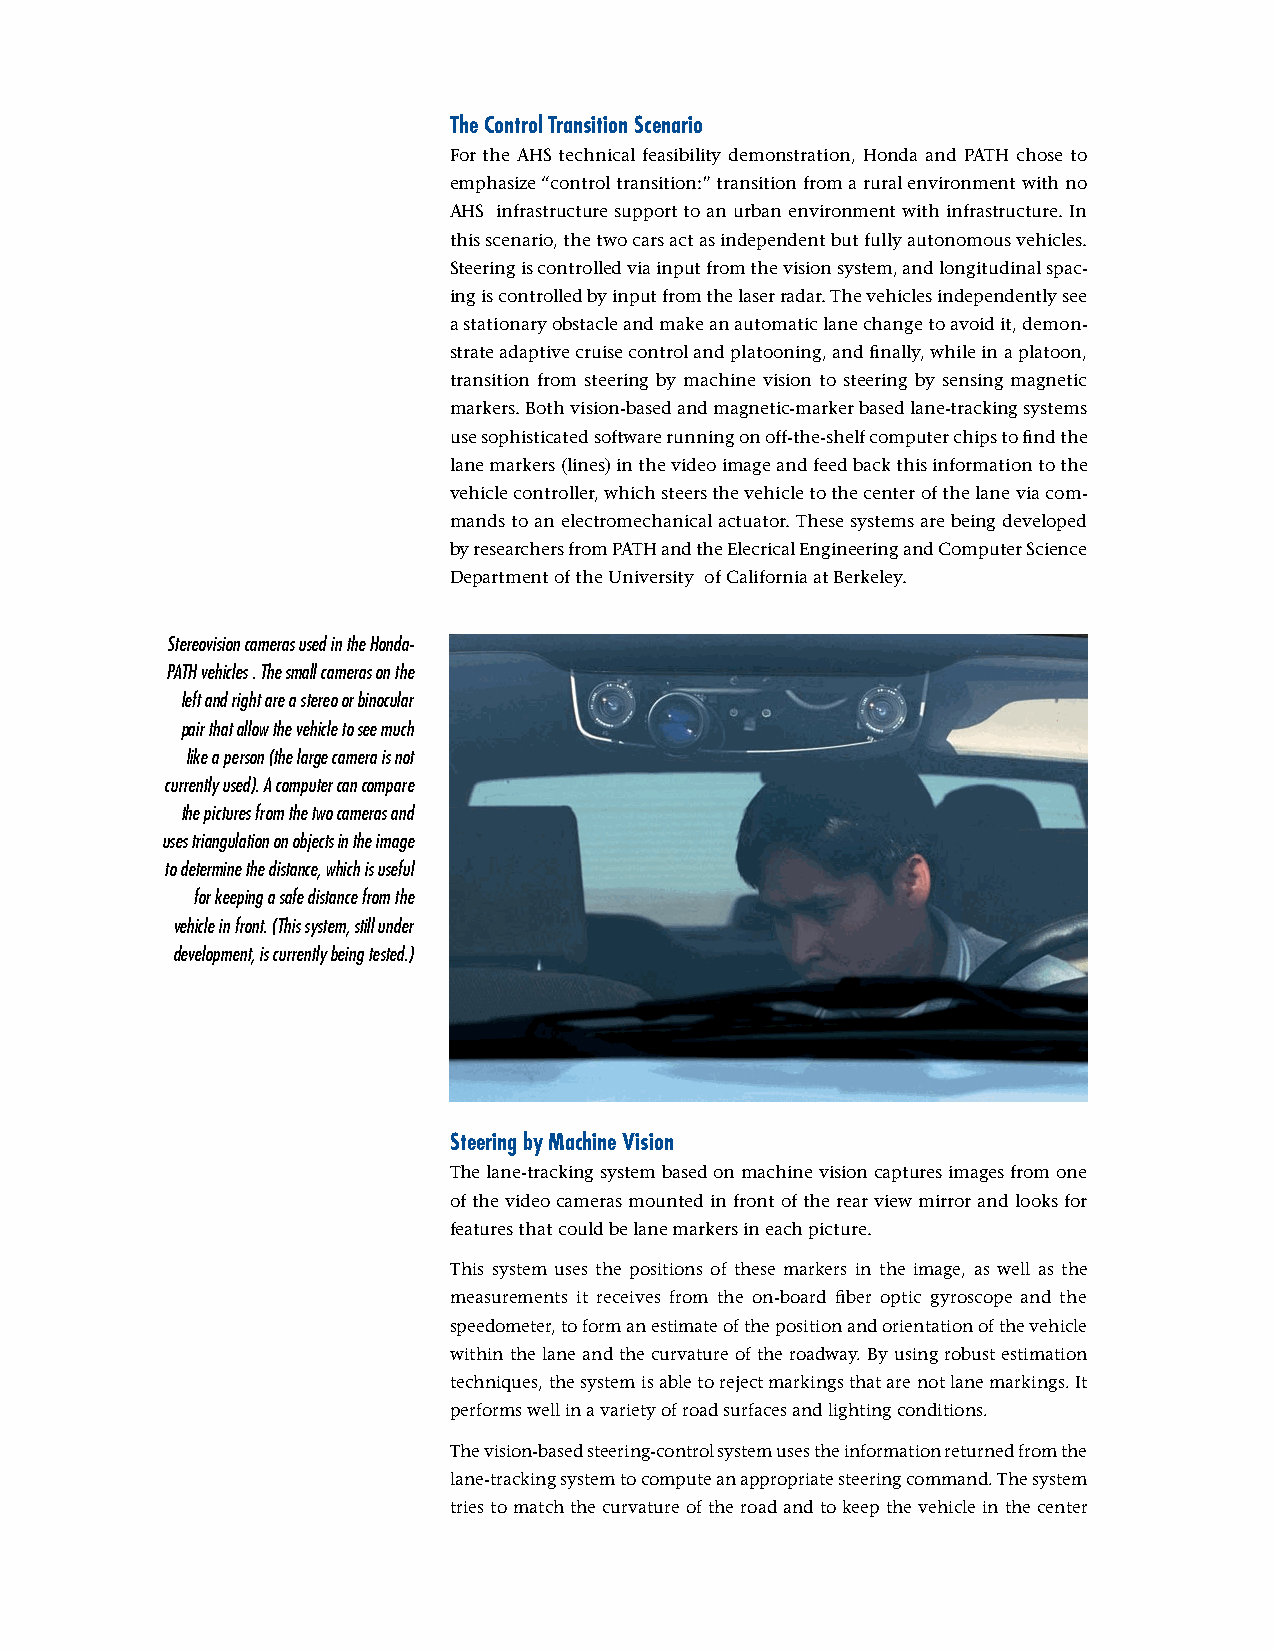
The Control Transition Scenario
 For the AHS technical feasibility demonstration, Honda and PATH chose to
 emphasize “control transition:” transition from a rural environment with no
 AHS infrastructure support to an urban environment with infrastructure. In
 this scenario, the two cars act as independent but fully autonomous vehicles.
 Steering is controlled via input from the vision system, and longitudinal spac-
 ing is controlled by input from the laser radar. The vehicles independently see
 a stationary obstacle and make an automatic lane change to avoid it, demon-
 strate adaptive cruise control and platooning, and finally, while in a platoon,
 transition from steering by machine vision to steering by sensing magnetic
 markers. Both vision-based and magnetic-marker based lane-tracking systems
 use sophisticated software running on off-the-shelf computer chips to find the
 lane markers (lines) in the video image and feed back this information to the
 vehicle controller, which steers the vehicle to the center of the lane via com-
 mands to an electromechanical actuator. These systems are being developed
 by researchers from PATH and the Elecrical Engineering and Computer Science
 Department of the University of California at Berkeley.
 Stereovision cameras used in the Honda-
 PATH vehicles . The small cameras on the
 left and right are a stereo or binocular
 pair that allow the vehicle to see much
 like a person (the large camera is not
 currently used). A computer can compare
 the pictures from the two cameras and
 uses triangulation on objects in the image
 to determine the distance, which is useful
 for keeping a safe distance from the
 vehicle in front. (This system, still under
 development, is currently being tested.)
 Steering by Machine Vision
 The lane-tracking system based on machine vision captures images from one
 of the video cameras mounted in front of the rear view mirror and looks for
 features that could be lane markers in each picture.
 This system uses the positions of these markers in the image, as well as the
 measurements it receives from the on-board fiber optic gyroscope and the
 speedometer, to form an estimate of the position and orientation of the vehicle
 within the lane and the curvature of the roadway. By using robust estimation
 techniques, the system is able to reject markings that are not lane markings. It
 performs well in a variety of road surfaces and lighting conditions.
 The vision-based steering-control system uses the information returned from the
 lane-tracking system to compute an appropriate steering command. The system
 tries to match the curvature of the road and to keep the vehicle in the center